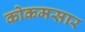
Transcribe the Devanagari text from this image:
कोकमसार